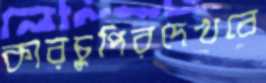
কারচুপিরদেখবে